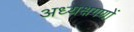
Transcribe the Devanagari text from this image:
अध्यक्षगणों